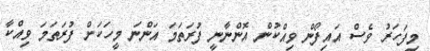
މިފަހަރު ވެސް އައިފޯން ވިއްކުން އޮންނާނީ ފުރަތަމަ އަންނަ މީހަކަށް ފުރަތަމަ ވިއްކާ